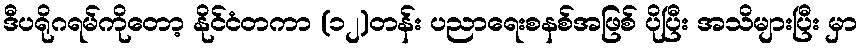
ဒီပရိုဂရမ်ကိုတော့ နိုင်ငံတကာ (၁၂)တန်း ပညာရေးစနစ်အဖြစ် ပိုပြီး အသိများပြီး မှာ